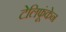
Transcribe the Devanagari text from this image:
टेलिफूंकेन